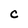
Character: c